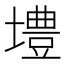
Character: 𪤡